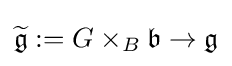
{\widetilde {\mathfrak {g}}}:=G\times _{B}{\mathfrak {b}}\to {\mathfrak {g}}